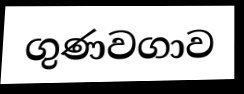
ගුණවගාව